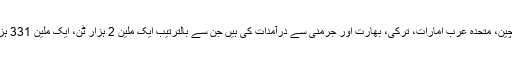
ایرانی کسٹم ادارے کے سربراہ نے کہا کہ اسی عرصے کے دوران ایران نے سب سے زیادہ چین، متحدہ عرب امارات، ترکی، بھارت اور جرمنی سے درآمدات کی ہیں جن سے بالترتیب ایک ملین 2 ہزار ٹن، ایک ملین 331 ہزار ٹن، ایک ملین 870 ہزار ٹن، 939 ہزار ٹن اور 493 ہزار ٹن سامان کی درآمدات کی ہیں۔